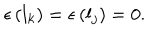
\epsilon \left( l _ { k } \right) = \epsilon \left( l _ { j } \right) = 0 .